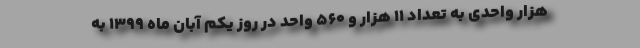
هزار واحدی به تعداد ۱۱ هزار و ۵۶۰ واحد در روز یکم آبان ماه ۱۳۹۹ به